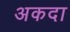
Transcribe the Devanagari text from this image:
अकदा